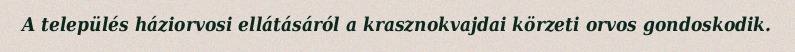
A település háziorvosi ellátásáról a krasznokvajdai körzeti orvos gondoskodik.